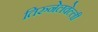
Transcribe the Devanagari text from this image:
तिरुनेलवेल्ली